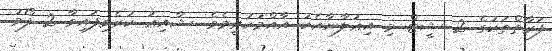
ފަރާތްތަކުގެ 2 ޝީޓް މި އިޢުލާނާއެކު އާއްމުކުރީމެވެ. ޝާއިޢު ކުރެވިފައިވާ 2 ފޯމު